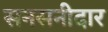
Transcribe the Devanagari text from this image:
सनसनीदार